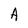
Character: A